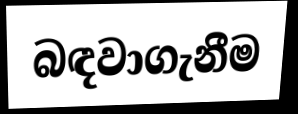
බඳවාගැනීම